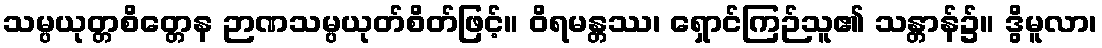
သမ္ပယုတ္တစိတ္တေန ဉာဏသမ္ပယုတ်စိတ်ဖြင့်။ ဝိရမန္တဿ၊ ရှောင်ကြဉ်သူ၏ သန္တာန်၌။ ဒွိမူလာ၊